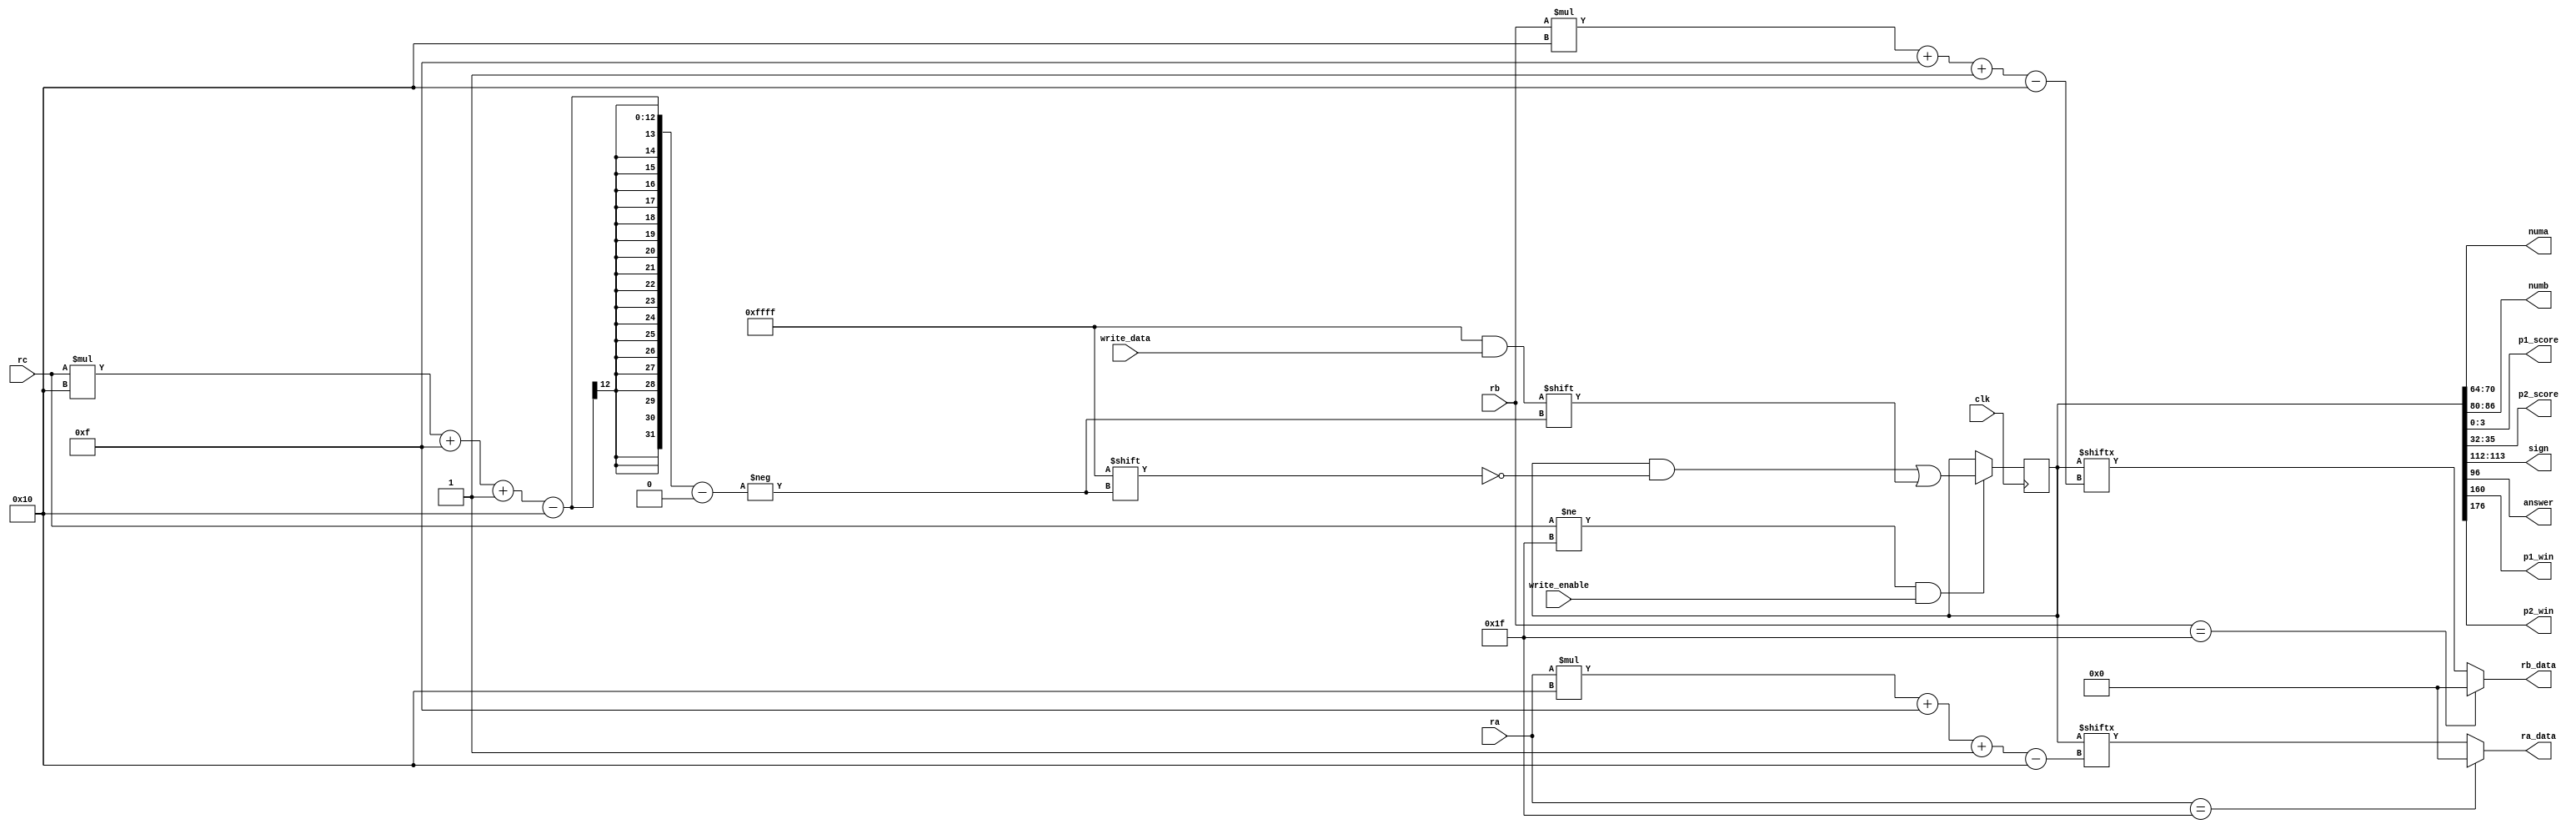
/*
   This file was generated automatically by Alchitry Labs version 1.2.1.
   Do not edit this file directly. Instead edit the original Lucid source.
   This is a temporary file and any changes made to it will be destroyed.
*/

module register_8 (
    input clk,
    input [4:0] ra,
    input [4:0] rb,
    output reg [15:0] ra_data,
    output reg [15:0] rb_data,
    input [4:0] rc,
    input [15:0] write_data,
    input write_enable,
    output reg [6:0] numa,
    output reg [6:0] numb,
    output reg [3:0] p1_score,
    output reg [3:0] p2_score,
    output reg [1:0] sign,
    output reg answer,
    output reg p1_win,
    output reg p2_win
  );
  
  
  
  reg [511:0] M_registers_d, M_registers_q = 1'h0;
  
  always @* begin
    M_registers_d = M_registers_q;
    
    ra_data = M_registers_q[(ra)*16+15-:16];
    rb_data = M_registers_q[(rb)*16+15-:16];
    if (rc != 5'h1f && write_enable) begin
      M_registers_d[(rc)*16+15-:16] = write_data;
    end
    if (ra == 5'h1f) begin
      ra_data = 16'h0000;
    end
    if (rb == 5'h1f) begin
      rb_data = 16'h0000;
    end
    numa = M_registers_q[64+0+6-:7];
    numb = M_registers_q[80+0+6-:7];
    p1_score = M_registers_q[0+0+3-:4];
    p2_score = M_registers_q[32+0+3-:4];
    sign = M_registers_q[112+0+1-:2];
    answer = M_registers_q[96+0+0-:1];
    p1_win = M_registers_q[160+0+0-:1];
    p2_win = M_registers_q[176+0+0-:1];
  end
  
  always @(posedge clk) begin
    M_registers_q <= M_registers_d;
  end
  
endmodule